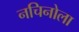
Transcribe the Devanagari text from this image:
नचिनोला